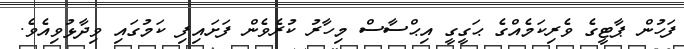
ފަހުން ޕާޓީގެ ވެރިކަމެއްގެ ޙަގީގީ އިޙްސާސް މިހާރު ކުރެވެން ފަށައިފި ކަމުގައި ވިދާޅުވިއެވެ.